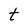
Character: t